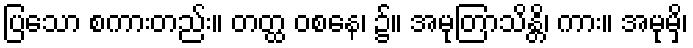
ပြသော စကားတည်း။ တတ္ထ ဝစနေ၊ ၌။ အမုတြာသိန္တိ၊ ကား။ အမုမှိ၊